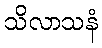
သိလာသနံ